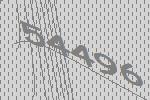
54496